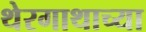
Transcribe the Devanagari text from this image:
थेरगाथाच्या